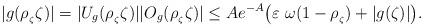
LaTeX: \begin{align*}|g(\rho_{_\zeta} \zeta)|=|U_g(\rho_{_\zeta} \zeta)||O_g(\rho_{_\zeta} \zeta)|\leq Ae^{-A}\big(\varepsilon\ \omega(1-\rho_{_\zeta})+|g(\zeta)|\big).\end{align*}